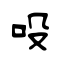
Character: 吺